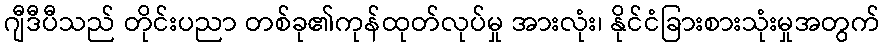
ဂျီဒီပီသည် တိုင်းပညာ တစ်ခု၏ကုန်ထုတ်လုပ်မှု အားလုံး၊ နိုင်ငံခြားစားသုံးမှုအတွက်